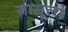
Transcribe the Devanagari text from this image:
नासूला